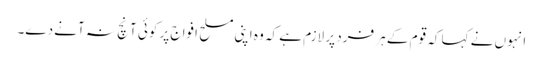
انہوں نے کہا کہ قوم کے ہر فرد پر لازم ہے کہ وہ اپنی مسلح افواج پر کوئی آنچ نہ آنے دے۔